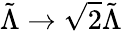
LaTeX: \tilde{\Lambda}\rightarrow\sqrt{2}\tilde{\Lambda}